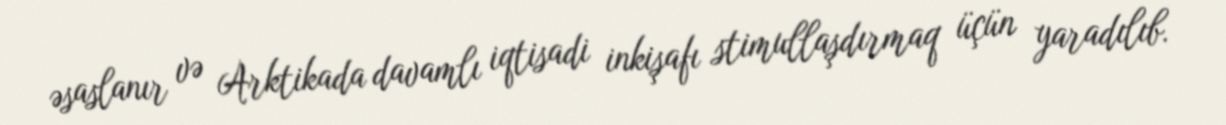
əsaslanır və Arktikada davamlı iqtisadi inkişafı stimullaşdırmaq üçün yaradılıb.